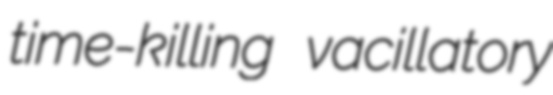
time-killing vacillatory